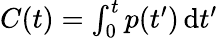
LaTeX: \begin{array}{r}{C(t)=\int_{0}^{t}p(t^{\prime})\, \mathrm{d}t^{\prime}}\end{array}